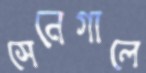
সেনেগালে